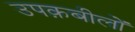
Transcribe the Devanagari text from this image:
उपक़बीलों